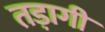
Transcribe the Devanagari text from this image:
तड़ागी